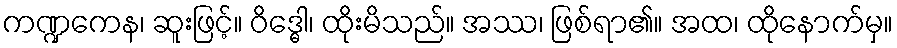
ကဏ္ဍကေန၊ ဆူးဖြင့်။ ဝိဒ္ဓေါ၊ ထိုးမိသည်။ အဿ၊ ဖြစ်ရာ၏။ အထ၊ ထိုနောက်မှ။